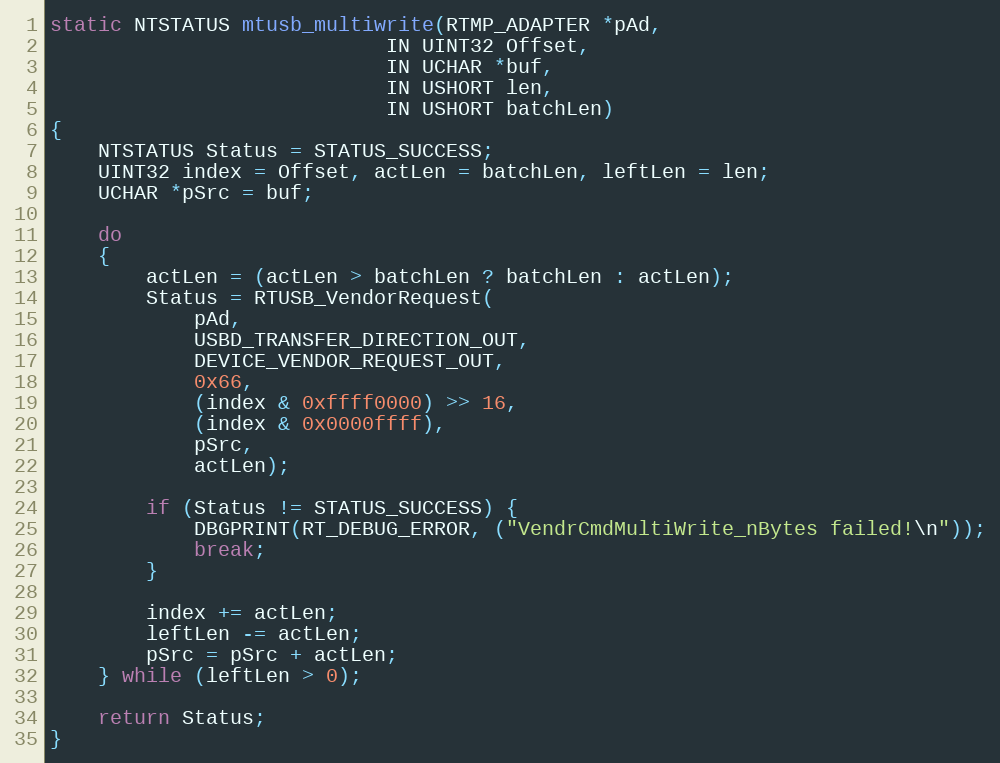
Language: C
static NTSTATUS mtusb_multiwrite(RTMP_ADAPTER *pAd,
							IN UINT32 Offset,
							IN UCHAR *buf,
							IN USHORT len,
							IN USHORT batchLen)
{
	NTSTATUS Status = STATUS_SUCCESS;
	UINT32 index = Offset, actLen = batchLen, leftLen = len;
	UCHAR *pSrc = buf;

	do
	{
		actLen = (actLen > batchLen ? batchLen : actLen);
		Status = RTUSB_VendorRequest(
			pAd,
			USBD_TRANSFER_DIRECTION_OUT,
			DEVICE_VENDOR_REQUEST_OUT,
			0x66,
			(index & 0xffff0000) >> 16,
			(index & 0x0000ffff),
			pSrc,
			actLen);

		if (Status != STATUS_SUCCESS) {
			DBGPRINT(RT_DEBUG_ERROR, ("VendrCmdMultiWrite_nBytes failed!\n"));
			break;
		}

		index += actLen;
		leftLen -= actLen;
		pSrc = pSrc + actLen;
	} while (leftLen > 0);

	return Status;
}